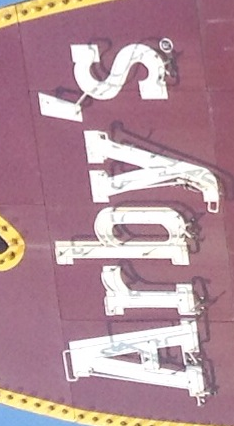
Arby's